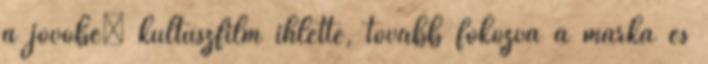
a jövőbe” kultuszfilm ihlette, tovább fokozva a márka és